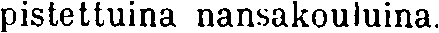
pistettuina nansakouluina.